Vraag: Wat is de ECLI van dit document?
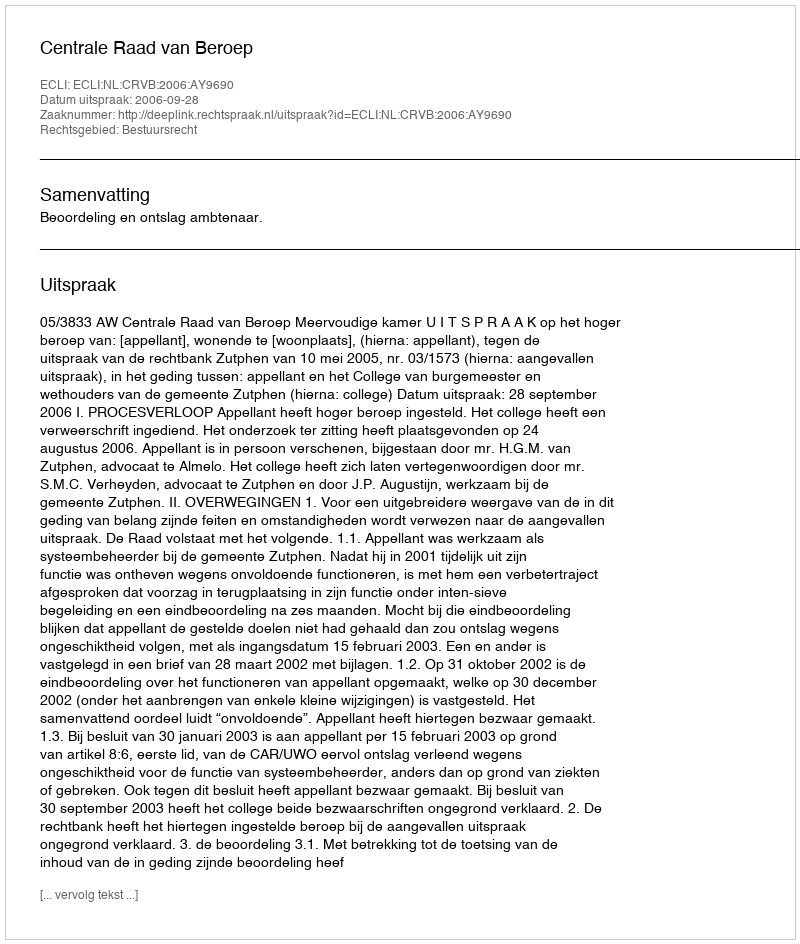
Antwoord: ECLI:NL:CRVB:2006:AY9690